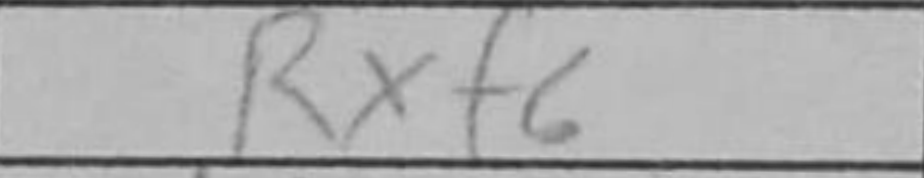
Transcription: Rxf6